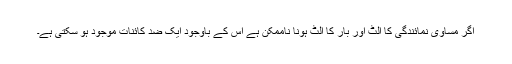
اگر مساوی نمائندگی کا الٹ اور بار کا الٹ ہونا ناممکن ہے اس کے باوجود ایک ضد کائنات موجود ہو سکتی ہے۔